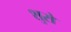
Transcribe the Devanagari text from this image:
शुरो